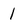
Character: 1